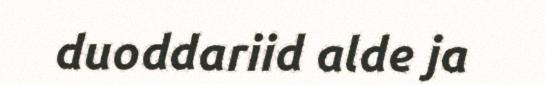
duoddariid alde ja